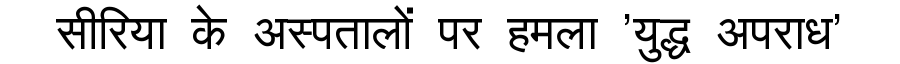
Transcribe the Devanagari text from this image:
सीरिया के अस्पतालों पर हमला 'युद्ध अपराध'